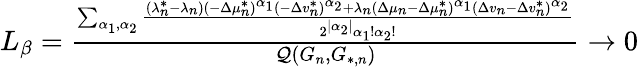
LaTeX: \begin{array}{r}{L_{\beta}=\frac{\sum_{\alpha_{1},\alpha_{2}}{\frac{(\lambda_{n}^{*}-\lambda_{n})(-\Delta\mu_{n}^{*})^{\alpha_{1}}(-\Delta v_{n}^{*})^{\alpha_{2}}+\lambda_{n}(\Delta\mu_{n}-\Delta\mu_{n}^{*})^{\alpha_{1}}(\Delta v_{n}-\Delta v_{n}^{*})^{\alpha_{2}}}{2^{|\alpha_{2}|}\alpha_{1}!\alpha_{2}!}}}{\mathcal{Q}(G_{n},G_{*,n})}\to 0}\end{array}